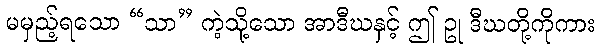
မမှည့်ရသော “သာ” ကဲ့သို့သော အာဒီဃနှင့် ဤ ဥု ဒီဃတို့ကိုကား